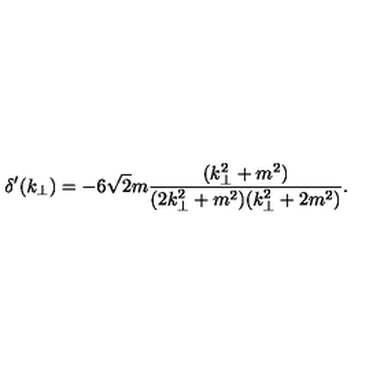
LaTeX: \delta ^ { \prime } ( k _ { \bot } ) = - 6 \sqrt { 2 } m \frac { ( k _ { \bot } ^ { 2 } + m ^ { 2 } ) } { ( 2 k _ { \bot } ^ { 2 } + m ^ { 2 } ) ( k _ { \bot } ^ { 2 } + 2 m ^ { 2 } ) } .